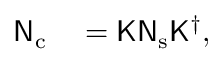
\begin{array} { r l } { { \mathsf N } _ { \mathrm { c } } } & { { } = { \mathsf K } { \mathsf N } _ { \mathrm { s } } { \mathsf K } ^ { \dagger } , } \end{array}